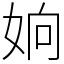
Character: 姠